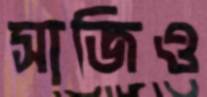
সাজিও